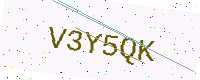
Text: V3Y5QK